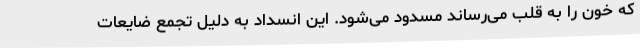
که خون را به قلب می‌رساند مسدود می‌شود. این انسداد به دلیل تجمع ضایعات